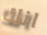
انك